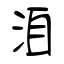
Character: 洎